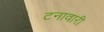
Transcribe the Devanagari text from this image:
टनावारी